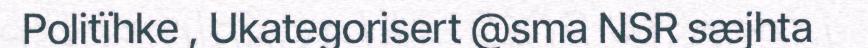
Politïhke , Ukategorisert @sma NSR sæjhta